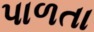
પાળતા